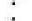
: